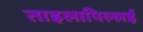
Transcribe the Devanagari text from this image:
ताइलापिल्लई